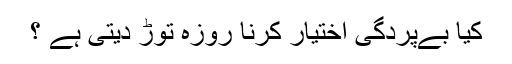
كيا بےپردگى اختيار كرنا روزہ توڑ ديتى ہے ؟